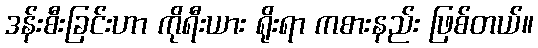
ဒန်းစီးခြင်းဟာ ကိုရီးယား ရိုးရာ ကစားနည်း ဖြစ်တယ်။